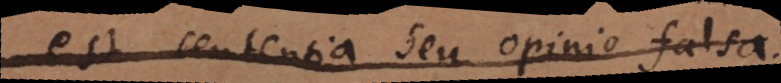
est sententia seu opinio falsa.